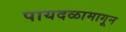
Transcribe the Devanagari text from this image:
पायदळामागून